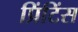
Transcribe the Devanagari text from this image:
प्रिंटिंस